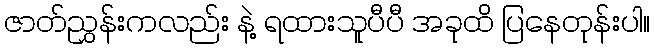
ဇာတ်ညွှန်းကလည်း နဲ့ ရထားသူပီပီ အခုထိ ပြနေတုန်းပါ။